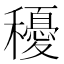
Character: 𥣯